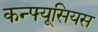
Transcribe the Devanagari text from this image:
कन्फ्यूसियस